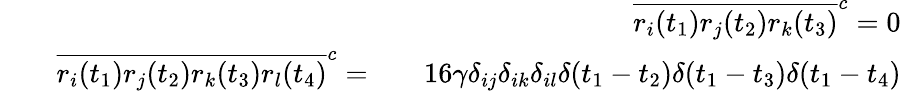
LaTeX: \begin{array}{rlr}&{}&{\overline{{r_{i}(t_{1})r_{j}(t_{2})r_{k}(t_{3})}}^{c}=0}\\ &{}&{\begin{array}{rlr}{\overline{{r_{i}(t_{1})r_{j}(t_{2})r_{k}(t_{3})r_{l}(t_{4})}}^{c}=}&{}&{16\gamma\delta_{ij}\delta_{ik}\delta_{il}\delta(t_{1}-t_{2})\delta(t_{1}-t_{3})\delta(t_{1}-t_{4})}\end{array}}\end{array}